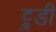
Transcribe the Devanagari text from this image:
ट्रुडी